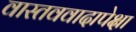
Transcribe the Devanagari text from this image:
वास्तववादापेक्षा